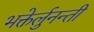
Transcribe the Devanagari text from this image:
भक्तेर्लुनन्ती